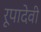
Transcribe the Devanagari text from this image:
रूपादेवी